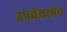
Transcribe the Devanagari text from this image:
उपचेयरमेन